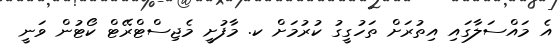
އެ މައްސަލާގައި އިތުރަށް ތަހުގީގު ކުރުމަށް ކ. މާފުށީ މެޖިސްޓްރޭޓް ކޯޓުން ވަނީ